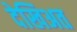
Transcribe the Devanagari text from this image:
देखिअत